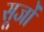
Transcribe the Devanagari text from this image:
सूजों